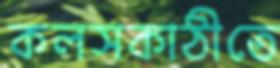
কলসকাঠীতে